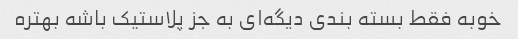
خوبه فقط بسته بندی دیگه‌ای به جز پلاستیک باشه بهتره